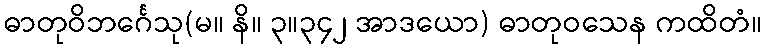
ဓာတုဝိဘင်္ဂေသု(မ။ နိ။ ၃။၃၄၂ အာဒယော) ဓာတုဝသေန ကထိတံ။